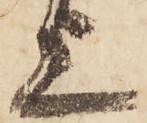
上